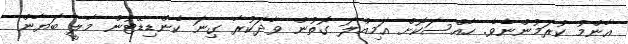
އާންމު ކުރަމުންނެވެ. ހާއްސަކޮށް އަމިއްލަ ގޮތުން ވާދަކުރާ ގިނަ ކެންޑިޑޭޓުން މާލީ ބަޔާން